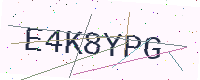
Text: E4K8YPG